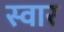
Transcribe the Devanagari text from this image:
स्‍वार